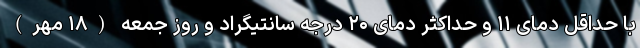
با حداقل دمای ۱۱ و حداکثر دمای ۲۰ درجه سانتیگراد و روز جمعه (۱۸ مهر)